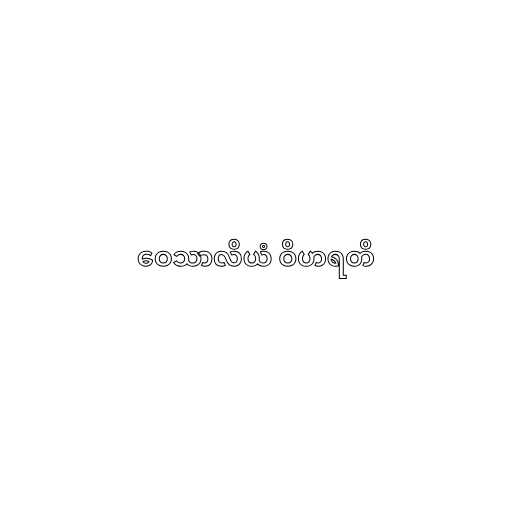
ဝေသာလိယံ ဝိဟရတိ